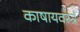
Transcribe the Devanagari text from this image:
काषायवस्त्रं